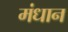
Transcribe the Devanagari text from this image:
मंधान